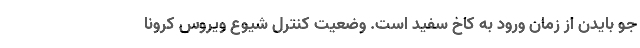
جو بایدن از زمان ورود به کاخ سفید است. وضعیت کنترل شیوع ویروس کرونا